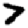
Digit: 7